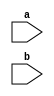
`timescale 1ns / 1ps
//////////////////////////////////////////////////////////////////////////////////
// Company: 
// Engineer: 
// 
// Design Name: 
// Module Name: lab03c
// Project Name: 
// Target Devices: 
// Tool Versions: 
// Description: 
// 
// Dependencies: 
// 
// Revision:
// Revision 0.01 - File Created
// Additional Comments:
// 
//////////////////////////////////////////////////////////////////////////////////


module lab03c(
    input a,
    input b
    );
endmodule